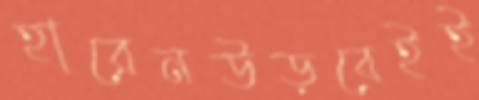
হারেনউড়বেইই